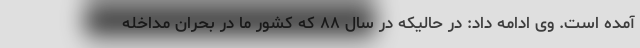
آمده است. وی ادامه داد: در حالیکه در سال ۸۸ که کشور ما در بحران مداخله